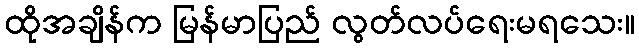
ထိုအချိန်က မြန်မာပြည် လွတ်လပ်ရေးမရသေး။